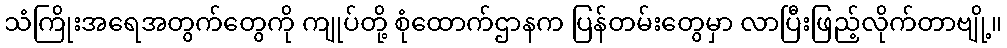
သံကြိုးအရေအတွက်တွေကို ကျုပ်တို့ စုံထောက်ဌာနက ပြန်တမ်းတွေမှာ လာပြီးဖြည့်လိုက်တာဗျို့။